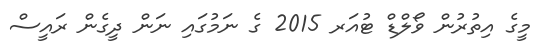
މީގެ އިތުރުން ވޯލްޑް ޓުއަރ 2015 ގެ ނަމުގައި ނަން ދީގެން ރައީސް